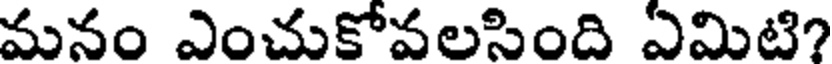
మనం ఎంచుకోవలసింది ఏమిటి?